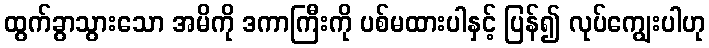
ထွက်ခွာသွားသော အမိကို ဒကာကြီးကို ပစ်မထားပါနှင့် ပြန်၍ လုပ်ကျွေးပါဟု